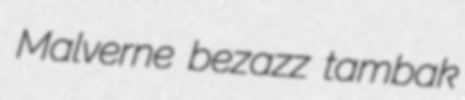
Malverne bezazz tambak